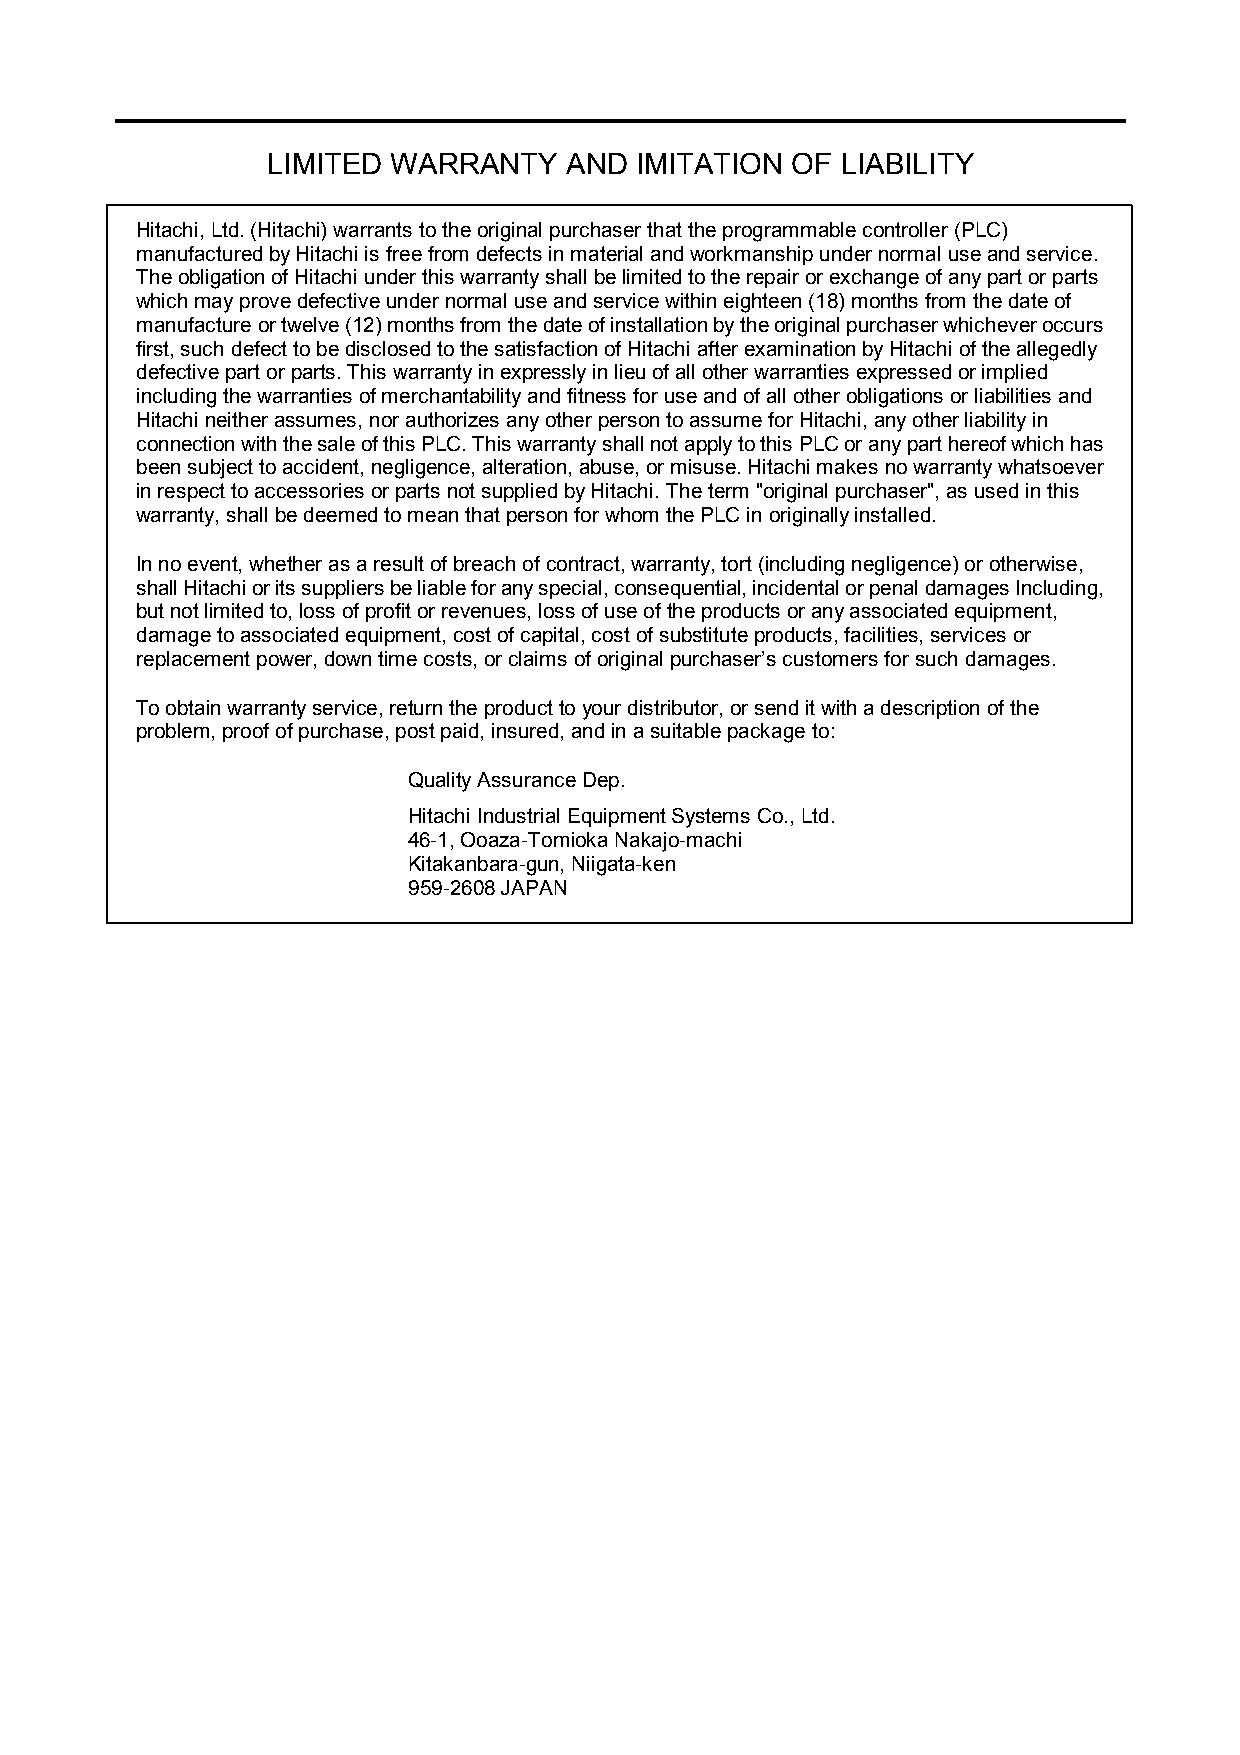
LIMITED WARRANTY   AND  IMITATION OF  LIABILITY
 Hitachi, Ltd. (Hitachi) warrants to the original purchaser that the programmable controller (PLC)
 manufactured by Hitachi is free from defects in material and workmanship under normal use and service.
 The obligation of Hitachi under this warranty shall be limited to the repair or exchange of any part or parts
 which may prove defective under normal use and service within eighteen (18) months from the date of
 manufacture or twelve (12) months from the date of installation by the original purchaser whichever occurs
 first, such defect to be disclosed to the satisfaction of Hitachi after examination by Hitachi of the allegedly
 defective part or parts. This warranty in expressly in lieu of all other warranties expressed or implied
 including the warranties of merchantability and fitness for use and of all other obligations or liabilities and
 Hitachi neither assumes, nor authorizes any other person to assume for Hitachi, any other liability in
 connection with the sale of this PLC. This warranty shall not apply to this PLC or any part hereof which has
 been subject to accident, negligence, alteration, abuse, or misuse. Hitachi makes no warranty whatsoever
 in respect to accessories or parts not supplied by Hitachi. The term "original purchaser", as used in this
 warranty, shall be deemed to mean that person for whom the PLC in originally installed.
 In no event, whether as a result of breach of contract, warranty, tort (including negligence) or otherwise,
 shall Hitachi or its suppliers be liable for any special, consequential, incidental or penal damages Including,
 but not limited to, loss of profit or revenues, loss of use of the products or any associated equipment,
 damage to associated equipment, cost of capital, cost of substitute products, facilities, services or
 replacement power, down time costs, or claims of original purchaser’s customers for such damages.
 To obtain warranty service, return the product to your distributor, or send it with a description of the
 problem, proof of purchase, post paid, insured, and in a suitable package to:
 Quality Assurance Dep.
 Hitachi Industrial Equipment Systems Co., Ltd.
 46-1, Ooaza-Tomioka Nakajo-machi
 Kitakanbara-gun, Niigata-ken
 959-2608 JAPAN